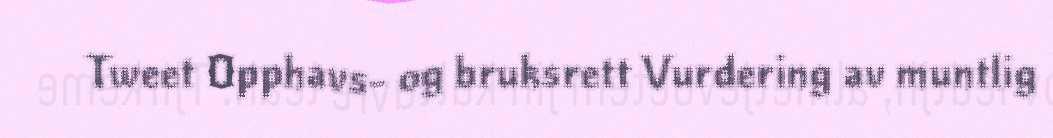
Tweet Opphavs- og bruksrett Vurdering av muntlig